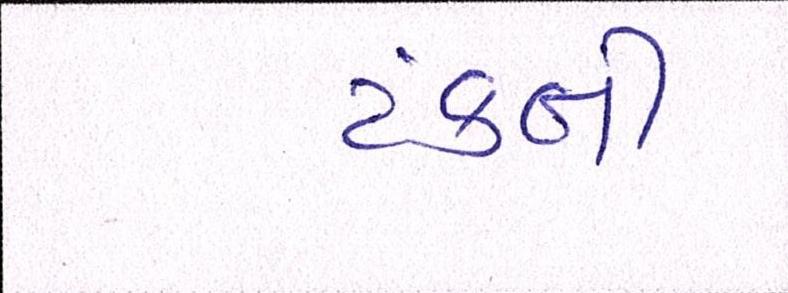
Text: ટંકની